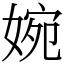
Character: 婉